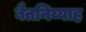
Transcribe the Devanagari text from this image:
बैतनिय्याह